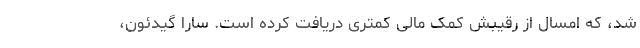
شد، که امسال از رقیبش کمک مالی کمتری دریافت کرده است. سارا گیدئون،